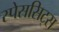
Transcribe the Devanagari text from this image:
स्पेससिट्स